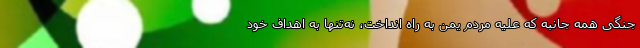
جنگی همه جانبه که علیه مردم یمن به راه انداخت، نه‌تنها به اهداف خود